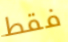
فقط